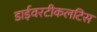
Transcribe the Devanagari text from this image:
डाईवरटीकलटिस